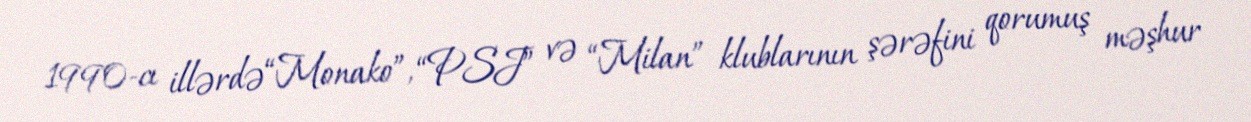
1990-cı illərdə “Monako”, “PSJ” və “Milan” klublarının şərəfini qorumuş məşhur